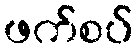
ဖက်စပ်